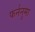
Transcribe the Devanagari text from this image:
फर्ननुमा